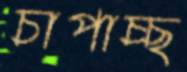
চাপাচ্ছ